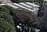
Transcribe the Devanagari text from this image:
सूक्ताला